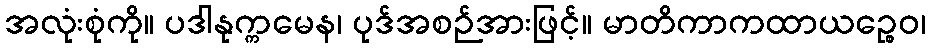
အလုံးစုံကို။ ပဒါနုက္ကမေန၊ ပုဒ်အစဉ်အားဖြင့်။ မာတိကာကထာယဉ္စေဝ၊